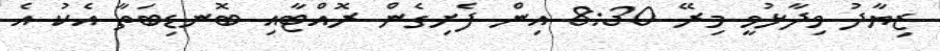
ޒިޔާދު ވިދާޅުވީ މިރޭ 8:30 އިން ފެށިގެން ރޮއްޓާއި ބޮނޑިބަތާ އެކު އެ